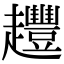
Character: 𧾳